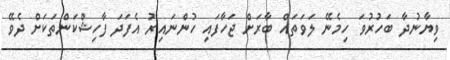
ވިޔާނުދާ ބަހުރުވަ ހިމެނޭ ލަވަތައް ބާރަށް ޖަހާފައި ހުންނައިރު އެފަދަ ފާހިޝްކަންތަކަށް ދެވޭ